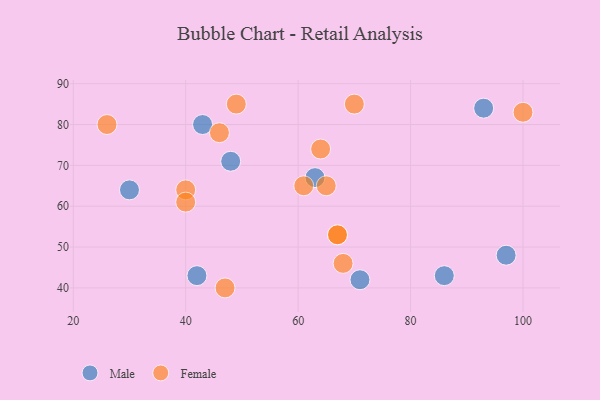
{"axis": {"x": "GDP", "y": "Life Expectancy"}, "legend": ["Female", "Male"], "data": [{"x": "71", "y": 42, "type": "Male"}, {"x": "97", "y": 48, "type": "Male"}, {"x": "93", "y": 84, "type": "Male"}, {"x": "86", "y": 43, "type": "Male"}, {"x": "30", "y": 64, "type": "Male"}, {"x": "63", "y": 67, "type": "Male"}, {"x": "42", "y": 43, "type": "Male"}, {"x": "48", "y": 71, "type": "Male"}, {"x": "43", "y": 80, "type": "Male"}, {"x": "61", "y": 65, "type": "Female"}, {"x": "40", "y": 64, "type": "Female"}, {"x": "68", "y": 46, "type": "Female"}, {"x": "65", "y": 65, "type": "Female"}, {"x": "64", "y": 74, "type": "Female"}, {"x": "40", "y": 61, "type": "Female"}, {"x": "26", "y": 80, "type": "Female"}, {"x": "70", "y": 85, "type": "Female"}, {"x": "47", "y": 40, "type": "Female"}, {"x": "100", "y": 83, "type": "Female"}, {"x": "46", "y": 78, "type": "Female"}, {"x": "49", "y": 85, "type": "Female"}, {"x": "67", "y": 53, "type": "Female"}, {"x": "67", "y": 53, "type": "Female"}]}